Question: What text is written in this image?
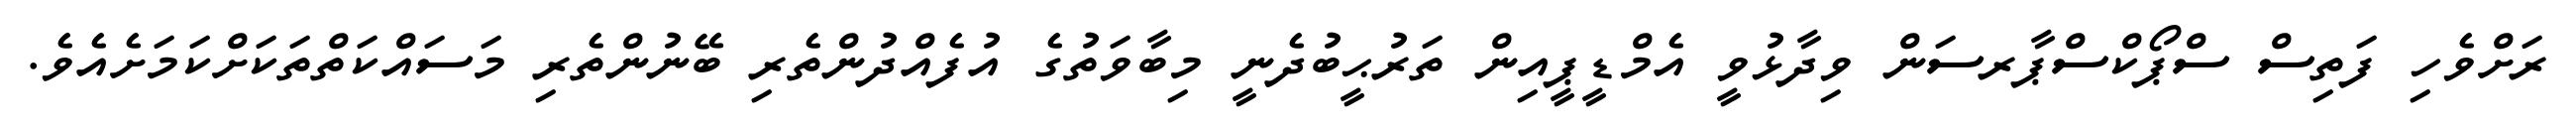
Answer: ރަށްވެހި ފަތިސް ސްޕޯކްސްޕާރސަން ވިދާޅުވީ އެމްޑީޕީއިން ތަރުޙީބުދެނީ މިބާވަތުގެ އުފެއްދުންތެރި ބޭނުންތެރި މަސައްކަތްތަކަށްކަމަށެއެވެ.